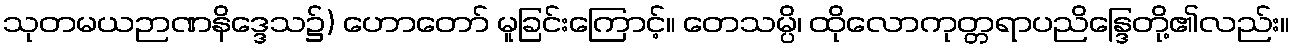
သုတမယဉာဏနိဒ္ဒေသ၌) ဟောတော် မူခြင်းကြောင့်။ တေသမ္ပိ၊ ထိုလောကုတ္တရာပညိန္ဒြေတို့၏လည်း။